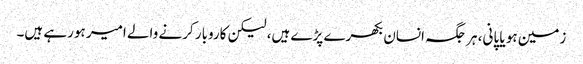
زمین ہو یا پانی، ہر جگہ انسان بکھرے پڑے ہیں، لیکن کاروبار کرنے والے امیر ہورہے ہیں۔